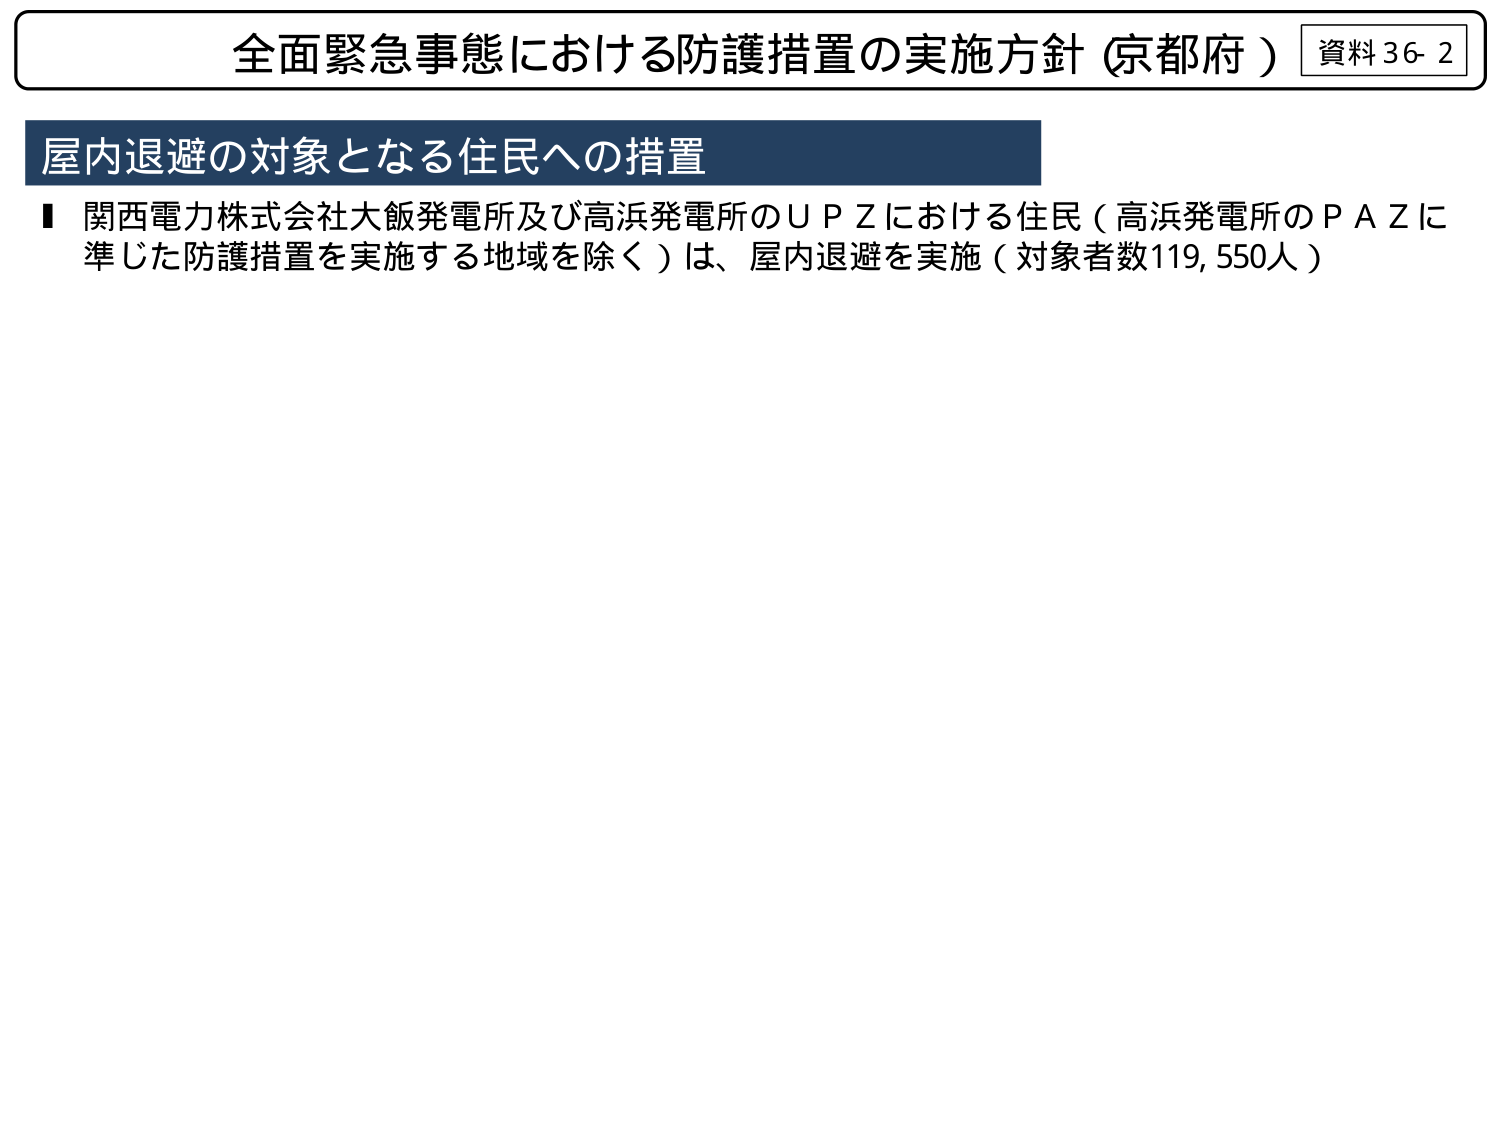
全面緊急事態における防護措置の実施方針（京都府） 資料36-2
屋内退避の対象となる住民への措置
■ 関西電力株式会社大飯発電所及び高浜発電所のＵＰＺにおける住民（高浜発電所のＰＡＺに準じた防護措置を実施する地域を除く）は、屋内退避を実施（対象者数119,550人）